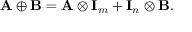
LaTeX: \mathbf { A } \oplus \mathbf { B } = \mathbf { A } \otimes \mathbf { I } _ { m } + \mathbf { I } _ { n } \otimes \mathbf { B } .